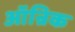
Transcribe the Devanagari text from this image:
ऑन्रिक